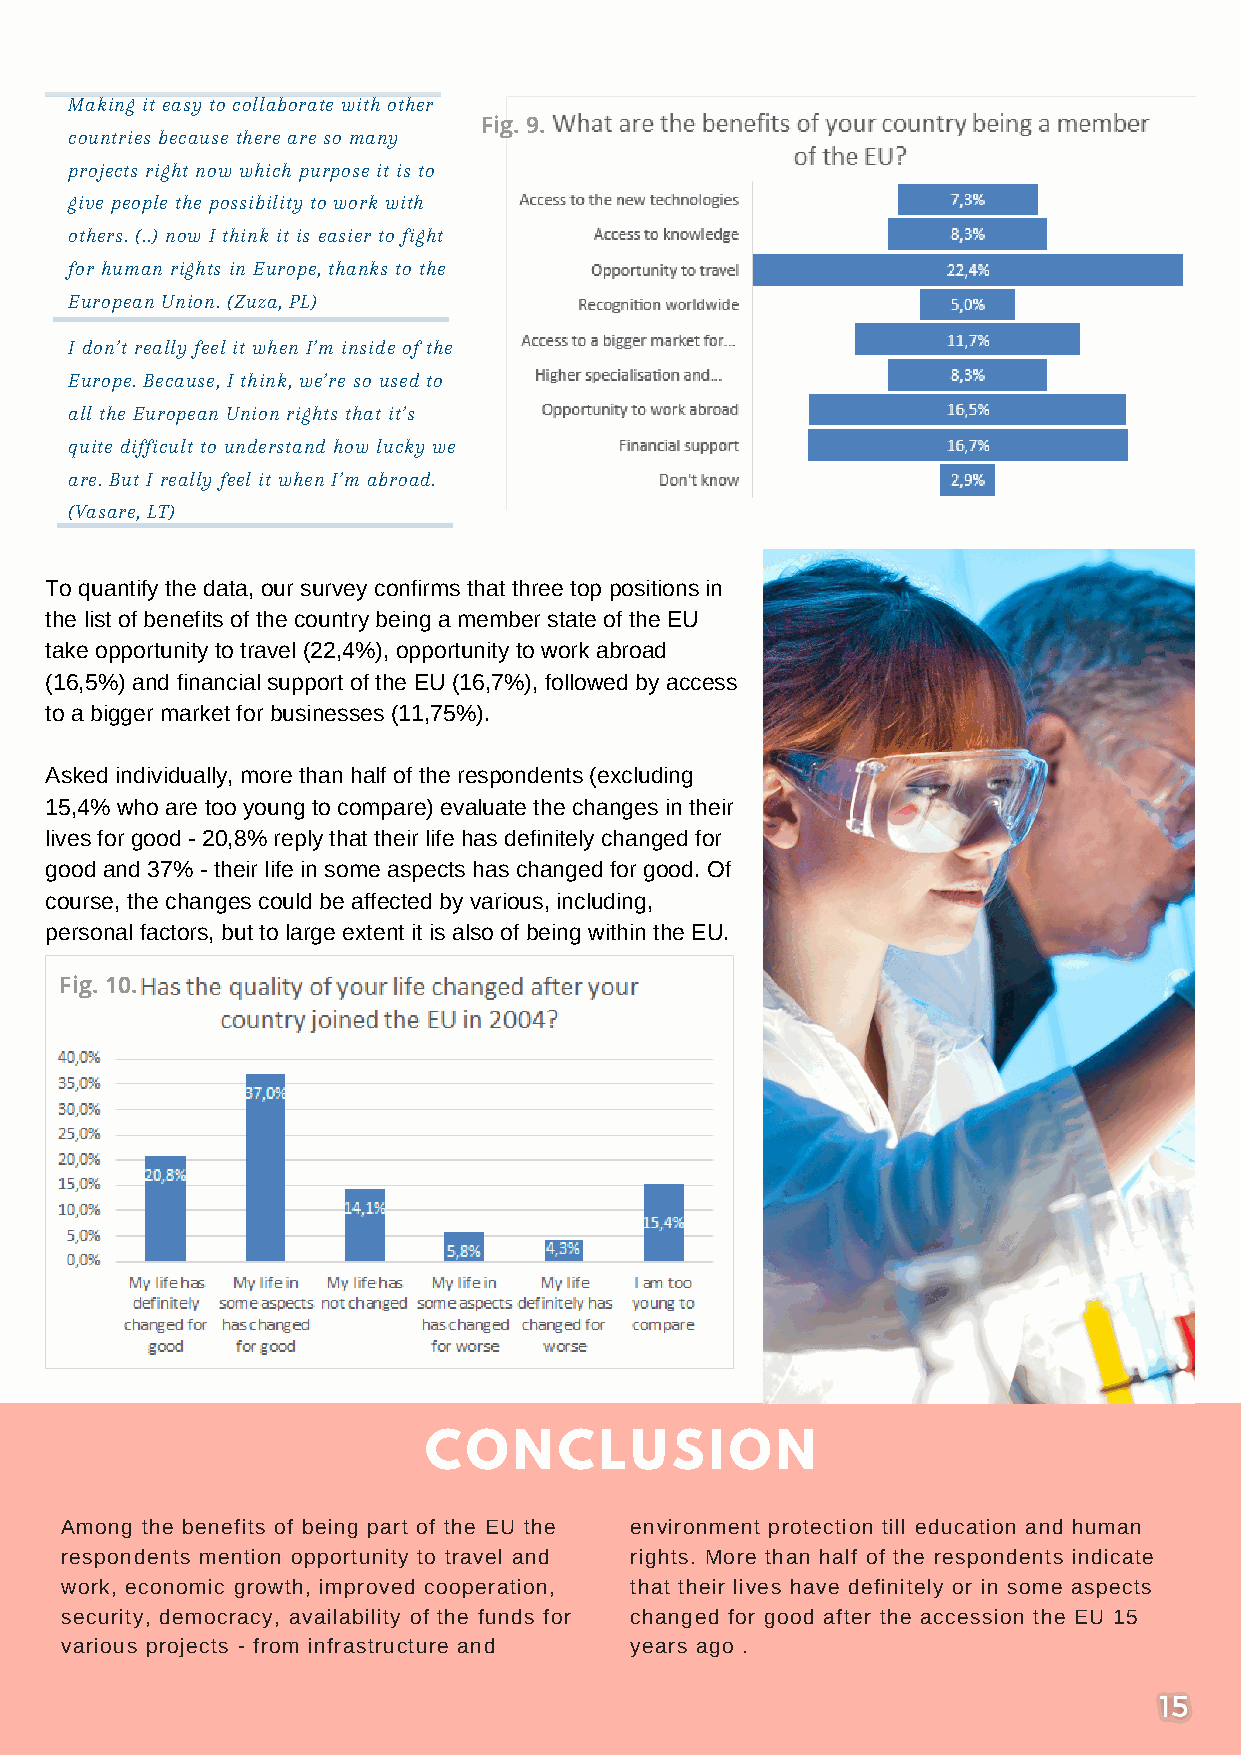
Making it easy to collaborate with other
 Fig. 9.
 countries because there are so many
 projects right now which purpose it is to
 give people the possibility to work with
 others. (..) now I think it is easier to fight
 for human rights in Europe, thanks to the
 European Union. (Zuza, PL)
 I don’t really feel it when I’m inside of the
 Europe. Because, I think, we’re so used to
 all the European Union rights that it’s
 quite difficult to understand how lucky we
 are. But I really feel it when I’m abroad.
 (Vasare, LT)
 To quantify the data, our survey confirms that three top positions in
 the list of benefits of the country being a member state of the EU
 take opportunity to travel (22,4%), opportunity to work abroad
 (16,5%) and financial support of the EU (16,7%), followed by access
 to a bigger market for businesses (11,75%).
 Asked individually, more than half of the respondents (excluding
 15,4% who are too young to compare) evaluate the changes in their
 lives for good - 20,8% reply that their life has definitely changed for
 good and 37% - their life in some aspects has changed for good. Of
 course, the changes could be affected by various, including,
 personal factors, but to large extent it is also of being within the EU.
 Fig. 10.
 CONCLUSION
 Among the benefits of being part of the EU the environment protection till education and human
 respondents mention opportunity to travel and rights. More than half of the respondents indicate
 work, economic growth, improved cooperation, that their lives have definitely or in some aspects
 security, democracy, availability of the funds for changed for good after the accession the EU 15
 various projects - from infrastructure and years ago .